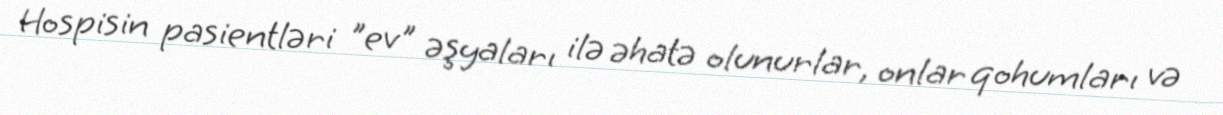
Hospisin pasientləri "ev" əşyaları ilə əhatə olunurlar, onlar qohumları və